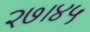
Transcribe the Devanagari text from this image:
२७।४५